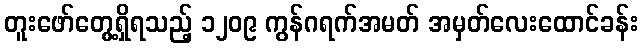
တူးဖော်တွေ့ရှိရသည့် ၁၂၀၉ ကွန်ဂရက်အမတ် အမှတ်လေးထောင်ခန်း